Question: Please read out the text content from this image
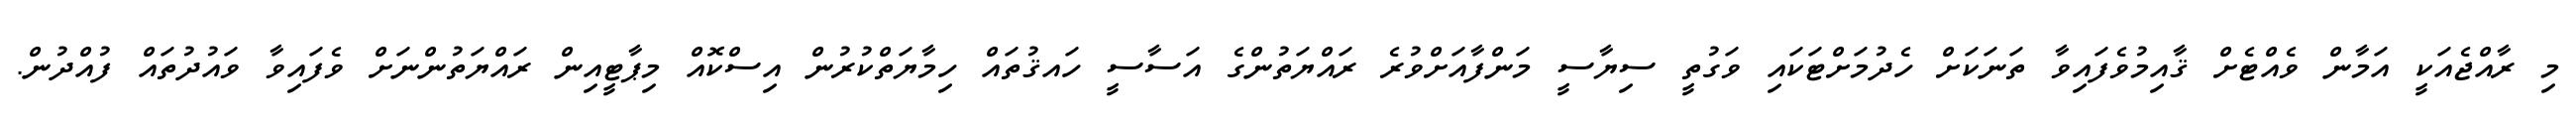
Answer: މި ރާއްޖެއަކީ އަމާން ވެއްޓެށް ޤާއިމުވެފައިވާ ތަނަކަށް ހެދުމަށްޓަކައި ވަގުތީ ސިޔާސީ މަންފާއަށްވުރެ ރައްޔަތުންގެ އަސާސީ ހައޤުތައް ހިމާޔަތްކުރުން އިސްކޮއް މިޕާޓީއިން ރައްޔަތުންނަށް ވެފައިވާ ވައުދުތައް ފުއްދުން.